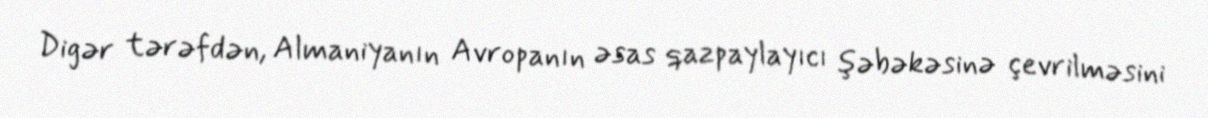
Digər tərəfdən, Almaniyanın Avropanın əsas qazpaylayıcı şəbəkəsinə çevrilməsini